Annual administration report of the Civil Veterinary Department of India - 1895-1896
Year: 1895
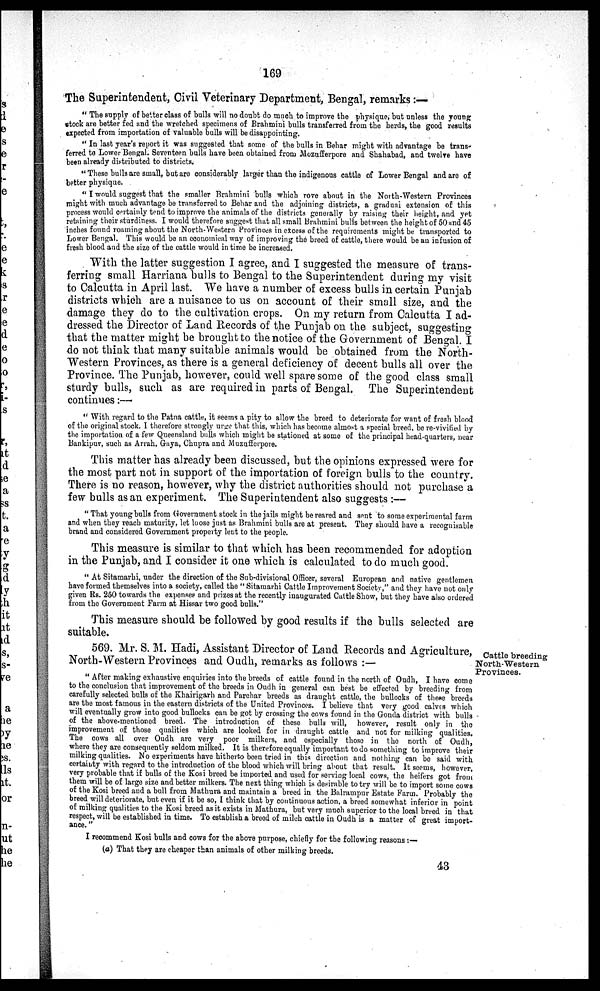
169
The Superintendent, Civil Veterinary Department, Bengal, remarks:—
"The supply of better class of bulls will no doubt do much to improve the physique, but unless the young
stock are better fed and the wretched specimens of Brahmini bulls transferred from the herds, the good results
expected from importation of valuable bulls will be disappointing.
"In last year's report it was suggested that some of the bulls in Behar might with advantage be trans-
ferred to Lower Bengal. Seventeen bulls have been obtained from Mozufferpore and Shahabad, and twelve have
been already distributed to districts.
"These bulls are small, but are considerably larger than the indigenous cattle of Lower Bengal and are of
better physique.
"I would suggest that the smaller Brahmini bulls which rove about in the North-Western Provinces
might with much advantage be transferred to Behar and the adjoining districts, a gradual extension of this
process would certainly tend to improve the animals of the districts generally by raising their height, and yet
retaining their sturdiness. I would therefore suggest that all small Brahmini bulls between the height of 50 and 45
inches found roaming about the North-Western Provinces in excess of the requirements might be transported to
Lower Bengal. This would be an economical way of improving the breed of cattle, there would be an infusion of
fresh blood and the size of the cattle would in time be increased.
With the latter suggestion I agree, and I suggested the measure of trans-
ferring small Harriana bulls to Bengal to the Superintendent during my visit
to Calcutta in April last. We have a number of excess bulls in certain Punjab
districts which are a nuisance to us on account of their small size, and the
damage they do to the cultivation crops. On my return from Calcutta I ad-
dressed the Director of Land Records of the Punjab on the subject, suggesting
that the matter might be brought to the notice of the Government of Bengal. I
do not think that many suitable animals would be obtained from the North-
western Provinces, as there is a general deficiency of decent bulls all over the
Province. The Punjab, however, could well spare some of the good class small
sturdy bulls, such as are required in parts of Bengal. The Superintendent
continues:—
"With regard to the Patna cattle, it seems a pity to allow the breed to deteriorate for want of fresh blood
of the original stock. I therefore strongly urge that this, which has become almost a special breed, be re-vivified by
the importation of a few Queensland bulls which might be stationed at some of the principal head-quarters, near
Bankipur, such as Arrah, Gaya, Chupra and Muzufferpore.
This matter has already been discussed, but the opinions expressed were for
the most part not in support of the importation of foreign bulls to the country.
There is no reason, however, why the district authorities should not purchase a
few bulls as an experiment. The Superintendent also suggests:—
"That young bulls from Government stock in the jails might be reared and sent to some experimental farm
and when they reach maturity, let loose just as Brahmini bulls are at present. They should have a recognisable
brand and considered Government property lent to the people.
This measure is similar to that which has been recommended for adoption
in the Punjab, and I consider it one which is calculated to do much good.
"At Sitamarhi, under the direction of the Sub-divisional Officer, several European and native gentlemen
have formed themselves into a society, called the "Sitamarhi Cattle Improvement Society," and they have not only
given Rs. 250 towards the expenses and prizes at the recently inaugurated Cattle Show, but they have also ordered
from the Government Farm at Hissar two good bulls."
This measure should be followed by good results if the bulls selected are
suitable.
Cattle breeding
North-Western
Provinces.
569. Mr. S. M. Hadi, Assistant Director of Land Records and Agriculture,
North-Western Provinces and Oudh, remarks as follows:—
"After making exhaustive enquiries into the breeds of cattle found in the north of Oudh, I have come
to the conclusion that improvement of the breeds in Oudh in general can best be effected by breeding from
carefully selected bulls of the Khairigarh and Parehar breeds as draught cattle, the bullocks of there breeds
are the most famous in the eastern districts of the United Provinces. I believe that very good calves which
will eventually grow into good bullocks can be got by crossing the cows found in the Gonda district with bulls
of the above-mentioned breed. The introduction of these bulls will, however, result only in the
improvement of those qualities which are looked for in draught cattle and not for milking qualities.
The cows all over Oudh are very poor milkers, and especially thoso in the north of Oudh,
where they are consequently seldom milked. It is therefore equally important to do something to improve their
milking qualities. No experiments have hitherto been tried in this direction and nothing can be said with
certainty with regard to the introduction of the blood which will bring about that result. It seems, however,
very probable that if bulls of the Kosi breed be imported and used for sorving local cows, the heifers got from
them will be of large size and better milkers. The next thing which is desirable to try will be to import some cows
of the Kosi breed and a bull from Mathura and maintain a breed in the Balrampur Estate Farm. Probably the
breed will deteriorate, but even if it be so, I think that by continuous action, a breed somewhat inferior in point
of milking qualities to the Kosi breed as it exists in Mathura, but very much superior to the local breed in that
respect, will be established in time. To establish a breed of milch cattle in Oudh is a matter of great import-
ance."
I recommend Kosi bulls and cows for the above purpose, chiefly for the following reasons:—
(a) That they are cheaper than animals of other milking breeds.
43